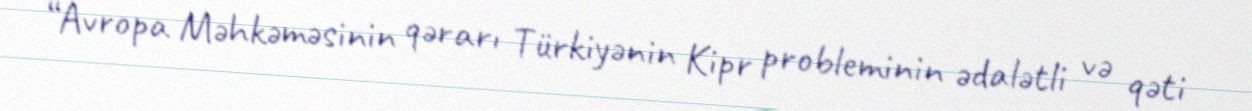
“Avropa Məhkəməsinin qərarı Türkiyənin Kipr probleminin ədalətli və qəti